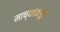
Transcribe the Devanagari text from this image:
माष्यांकडून